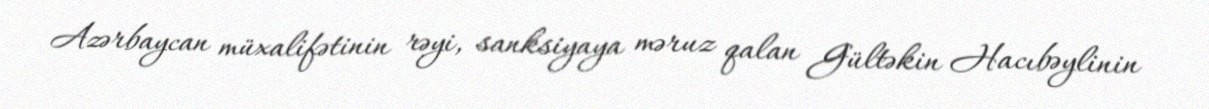
Azərbaycan müxalifətinin rəyi, sanksiyaya məruz qalan Gültəkin Hacıbəylinin